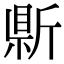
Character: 𭤣